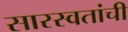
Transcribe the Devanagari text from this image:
सारस्वतांची